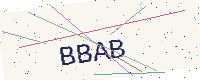
Text: BBAB